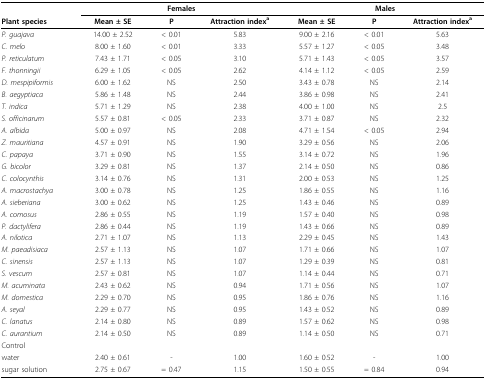
<table><thead><tr><td></td><td colspan="3"><b>Females</b></td><td colspan="3"><b>Males</b></td></tr><tr><td><b>Plant species</b></td><td><b>Mean ± SE</b></td><td><b>P</b></td><td><b>Attraction index<sup>a</sup></b></td><td><b>Mean ± SE</b></td><td><b>P</b></td><td><b>Attraction index<sup>a</sup></b></td></tr></thead><tbody><tr><td><i>P. guajava</i></td><td>14.00 ± 2.52</td><td>&lt; 0.01</td><td>5.83</td><td>9.00 ± 2.16</td><td>&lt; 0.01</td><td>5.63</td></tr><tr><td><i>C. melo</i></td><td>8.00 ± 1.60</td><td>&lt; 0.01</td><td>3.33</td><td>5.57 ± 1.27</td><td>&lt; 0.05</td><td>3.48</td></tr><tr><td><i>P. reticulatum</i></td><td>7.43 ± 1.71</td><td>&lt; 0.05</td><td>3.10</td><td>5.71 ± 1.43</td><td>&lt; 0.05</td><td>3.57</td></tr><tr><td><i>F. thonningii</i></td><td>6.29 ± 1.05</td><td>&lt; 0.05</td><td>2.62</td><td>4.14 ± 1.12</td><td>&lt; 0.05</td><td>2.59</td></tr><tr><td><i>D. mespipiformis</i></td><td>6.00 ± 1.62</td><td>NS</td><td>2.50</td><td>3.43 ± 0.78</td><td>NS</td><td>2.14</td></tr><tr><td><i>B. aegyptiaca</i></td><td>5.86 ± 1.48</td><td>NS</td><td>2.44</td><td>3.86 ± 0.98</td><td>NS</td><td>2.41</td></tr><tr><td><i>T. indica</i></td><td>5.71 ± 1.29</td><td>NS</td><td>2.38</td><td>4.00 ± 1.00</td><td>NS</td><td>2.5</td></tr><tr><td><i>S. officinarum</i></td><td>5.57 ± 0.81</td><td>&lt; 0.05</td><td>2.33</td><td>3.71 ± 0.87</td><td>NS</td><td>2.32</td></tr><tr><td><i>A. albida</i></td><td>5.00 ± 0.97</td><td>NS</td><td>2.08</td><td>4.71 ± 1.54</td><td>&lt; 0.05</td><td>2.94</td></tr><tr><td><i>Z. mauritiana</i></td><td>4.57 ± 0.91</td><td>NS</td><td>1.90</td><td>3.29 ± 0.56</td><td>NS</td><td>2.06</td></tr><tr><td><i>C. papaya</i></td><td>3.71 ± 0.90</td><td>NS</td><td>1.55</td><td>3.14 ± 0.72</td><td>NS</td><td>1.96</td></tr><tr><td><i>G. bicolor</i></td><td>3.29 ± 0.81</td><td>NS</td><td>1.37</td><td>2.14 ± 0.50</td><td>NS</td><td>0.86</td></tr><tr><td><i>C. colocynthis</i></td><td>3.14 ± 0.76</td><td>NS</td><td>1.31</td><td>2.00 ± 0.53</td><td>NS</td><td>1.25</td></tr><tr><td><i>A. macrostachya</i></td><td>3.00 ± 0.78</td><td>NS</td><td>1.25</td><td>1.86 ± 0.55</td><td>NS</td><td>1.16</td></tr><tr><td><i>A. sieberiana</i></td><td>3.00 ± 0.62</td><td>NS</td><td>1.25</td><td>1.43 ± 0.46</td><td>NS</td><td>0.89</td></tr><tr><td><i>A. comosus</i></td><td>2.86 ± 0.55</td><td>NS</td><td>1.19</td><td>1.57 ± 0.40</td><td>NS</td><td>0.98</td></tr><tr><td><i>P. dactylifera</i></td><td>2.86 ± 0.44</td><td>NS</td><td>1.19</td><td>1.43 ± 0.66</td><td>NS</td><td>0.89</td></tr><tr><td><i>A. nilotica</i></td><td>2.71 ± 1.07</td><td>NS</td><td>1.13</td><td>2.29 ± 0.45</td><td>NS</td><td>1.43</td></tr><tr><td><i>M. paeadisiaca</i></td><td>2.57 ± 1.13</td><td>NS</td><td>1.07</td><td>1.71 ± 0.66</td><td>NS</td><td>1.07</td></tr><tr><td><i>C. sinensis</i></td><td>2.57 ± 1.13</td><td>NS</td><td>1.07</td><td>1.29 ± 0.39</td><td>NS</td><td>0.81</td></tr><tr><td><i>S. vescum</i></td><td>2.57 ± 0.81</td><td>NS</td><td>1.07</td><td>1.14 ± 0.44</td><td>NS</td><td>0.71</td></tr><tr><td><i>M. acuminata</i></td><td>2.43 ± 0.62</td><td>NS</td><td>0.94</td><td>1.71 ± 0.56</td><td>NS</td><td>1.07</td></tr><tr><td><i>M. domestica</i></td><td>2.29 ± 0.70</td><td>NS</td><td>0.95</td><td>1.86 ± 0.76</td><td>NS</td><td>1.16</td></tr><tr><td><i>A. seyal</i></td><td>2.29 ± 0.77</td><td>NS</td><td>0.95</td><td>1.43 ± 0.52</td><td>NS</td><td>0.89</td></tr><tr><td><i>C. lanatus</i></td><td>2.14 ± 0.80</td><td>NS</td><td>0.89</td><td>1.57 ± 0.62</td><td>NS</td><td>0.98</td></tr><tr><td><i>C. aurantium</i></td><td>2.14 ± 0.50</td><td>NS</td><td>0.89</td><td>1.14 ± 0.50</td><td>NS</td><td>0.71</td></tr><tr><td>Control</td><td></td><td></td><td></td><td></td><td></td><td></td></tr><tr><td>water</td><td>2.40 ± 0.61</td><td>-</td><td>1.00</td><td>1.60 ± 0.52</td><td>-</td><td>1.00</td></tr><tr><td>sugar solution</td><td>2.75 ± 0.67</td><td>= 0.47</td><td>1.15</td><td>1.50 ± 0.55</td><td>= 0.84</td><td>0.94</td></tr></tbody></table>